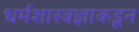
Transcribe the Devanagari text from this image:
धर्मशास्त्रज्ञाकडून